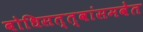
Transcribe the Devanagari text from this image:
बोधिसत्त्वांसमवेत